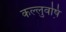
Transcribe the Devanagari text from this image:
कल्लुवष़ि